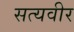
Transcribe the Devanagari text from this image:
सत्यवीर